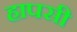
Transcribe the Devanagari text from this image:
हापसी